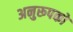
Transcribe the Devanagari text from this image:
अनुरूपकों